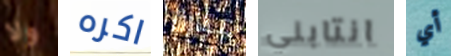
ولا اكره عبارة انتابني أي